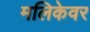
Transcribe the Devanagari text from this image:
मलिकेवर